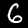
Digit: 6